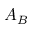
A _ { B }